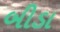
બીડા